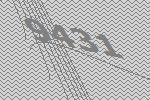
9431